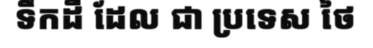
ទឹកដី ដែល ជា ប្រទេស ថៃ